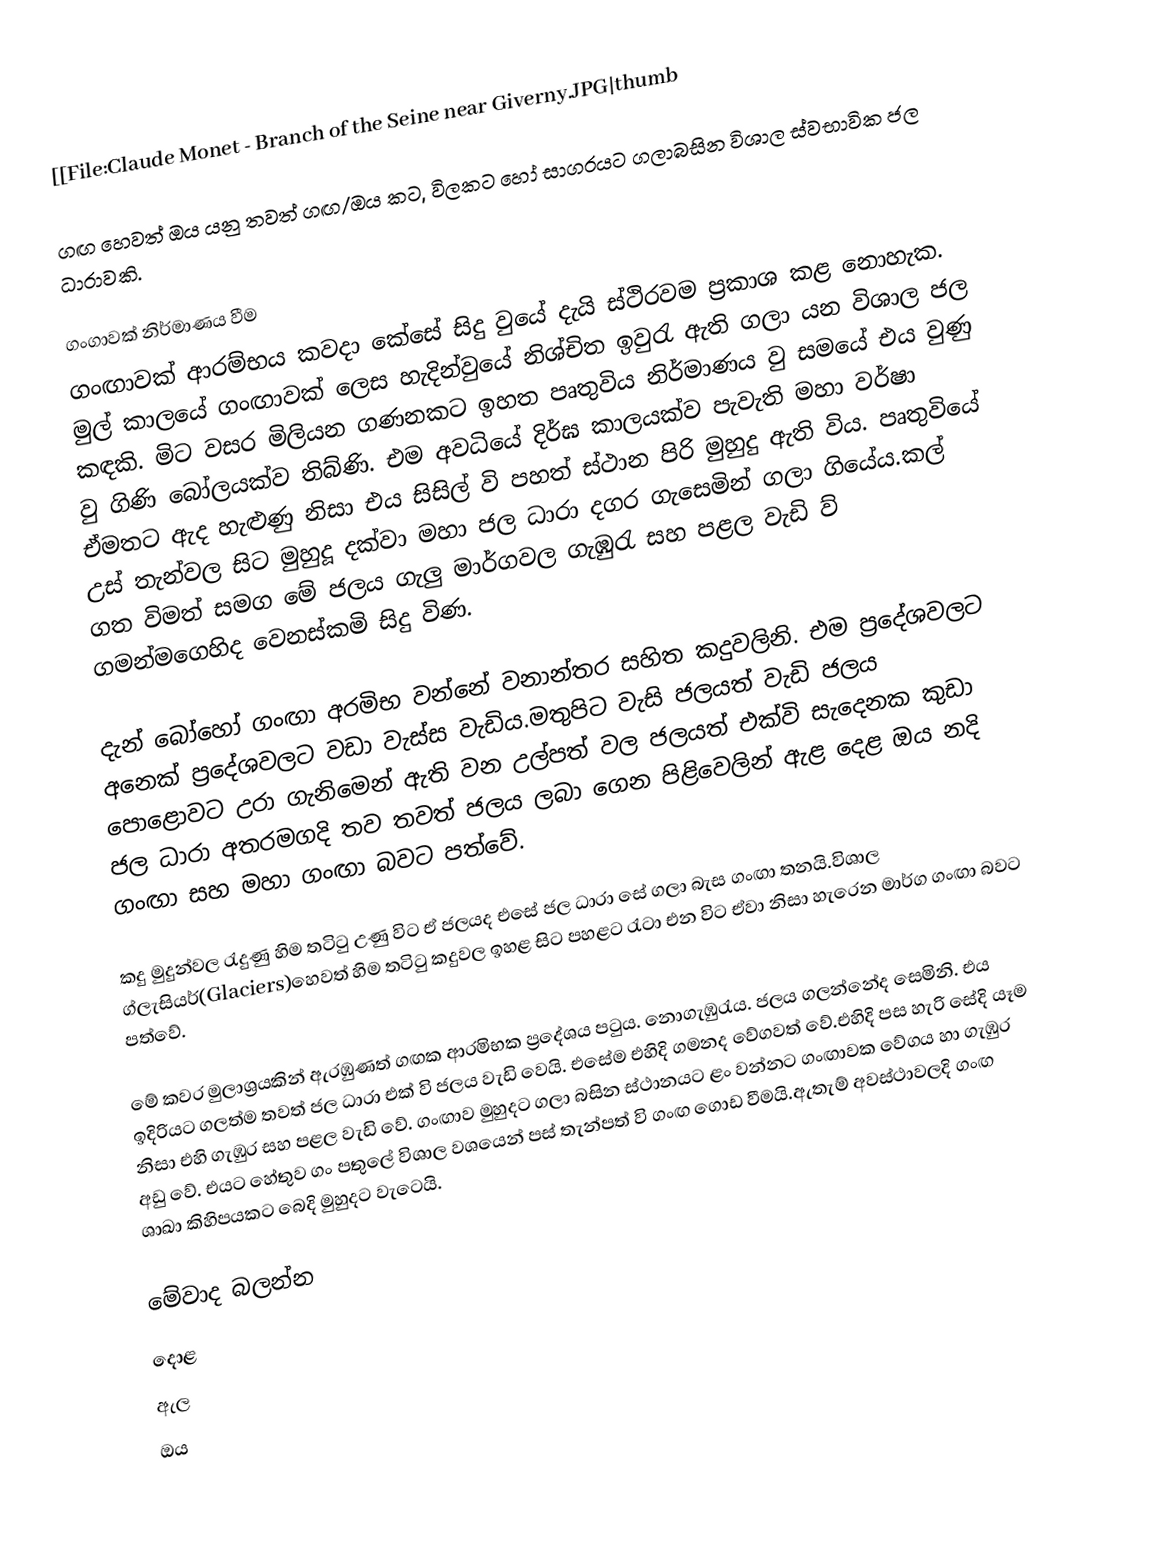
[[File:Claude Monet - Branch of the Seine near Giverny.JPG|thumb

ගඟ හෙවත් ඔය යනු තවත් ගඟ/ඔය කට, විලකට හෝ සාගරයට ගලාබසින විශාල ස්‍වභාවික ජල ධාරාවකි.

ගංගාවක් නිර්මාණය වීම
ගංඟාවක් ආරම්භය කවදා කේසේ සිදු වුයේ දැයි ස්ථිරවම ප්‍රකාශ කළ නොහැක. මුල් කාලයේ ගංඟාවක් ලෙස හැදින්වුයේ නිශ්චිත ඉවුරැ ඇති ගලා යන විශාල ජල කඳකි. මි‍ට වසර මිලියන ගණනකට ඉහත පෘතුවිය නිර්මාණය වු සමයේ එය වුණු වු ගිණි බෝලයක්ව තිබ්ණි. එම අවධියේ දිර්ඝ කාලයක්ව පැවැති මහා වර්ෂා ඒමතට ඇද හැළුණු නිසා එය සිසිල් වි පහත් ස්ථාන පිරි මුහුදු ඇති විය. පෘතුවියේ උස් තැන්වල සිට මුහුදූ දක්වා මහා ජල ධාරා දගර ගැසෙමින් ගලා ගියේය.කල් ගත විමත් සමග මේ ජලය ගැලු මාර්ගවල ගැඹුරැ සහ පළල වැඩි ව් ගමන්මගෙහිද වෙනස්කමි සිදු විණ.

දැන් බෝහෝ  ගංඟා අරමිභ වන්නේ වනාන්තර සහිත කදුවලිනි. එම ප්‍රදේශවලට අනෙක් ප්‍රදේශවලට වඩා වැස්ස වැඩිය.මතුපිට වැසි ජලයත් වැඩි ජලය පොළොවට උරා ගැනිමෙන් ඇති වන උල්පත් වල ජලයත් එක්වි සැදෙනක කුඩා ජල ධාරා අතරමගදි තව තවත් ජලය ලබා ගෙන පිළිවෙලින් ඇළ දෙළ ඔය නදි ගංඟා සහ මහා ගංඟා බවට පත්වේ.

කදු මුදුන්වල රැදුණු හිම තටිටු උණු විට ඒ ජලයද එසේ  ජල ධාරා සේ ගලා බැස ගංඟා තනයි.විශාල ග්ලැසියර්(Glaciers)හෙවත් හිම තටිටු කදුවල ඉහළ සිට පහළට රැටා එන විට ඒවා නිසා හැරෙන මාර්ග ගංඟා බවට පත්වේ.

මේ කවර මුලාශ්‍රයකින් ඇරඹුණත් ගඟක ආරමිභක ප්‍රදේශය පටුය. නොගැඹුරැය. ජලය ගලන්නේද සෙමිනි. එය ඉදිරියට ගලත්ම තවත් ජල ධාරා එක් වි ජලය වැඩි වෙයි. එසේම එහිදි ගමනද වේගවත් වේ.එහිදි පස හැරි සේදි යෑම නිසා එහි ගැඹුර සහ පළල වැඩි වේ. ගංඟාව මුහුදට ගලා බසින ස්ථානයට ළං වන්නට ගංඟාවක වේගය හා ගැඹුර අඩු වේ. එයට හේතුව ගං පතුලේ විශාල වශයෙන් පස් තැන්පත් වි ගංඟ ගොඩ වීමයි.ඇතැම් අවස්ථාවලදි ගංඟ ශාඛා කිහිපයකට බෙදි මුහුදට වැටෙයි.

මේවාද බලන්න
 දොළ
 ඇල
 ඔය